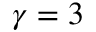
\gamma = 3